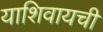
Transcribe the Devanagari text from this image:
याशिवायची